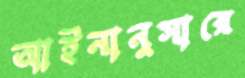
আইনানুসারে